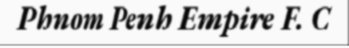
Phnom Penh Empire F. C